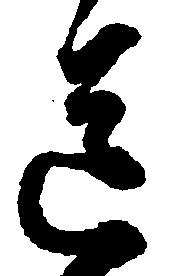
送